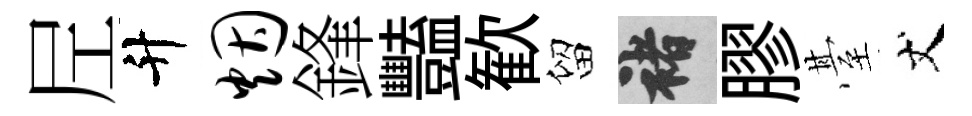
𡰱升烟鋒豔歓留褚膠䑓丈